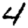
Digit: 4